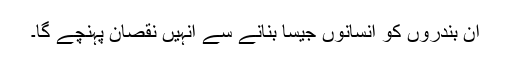
ان بندروں کو انسانوں جیسا بنانے سے انہیں نقصان پہنچے گا۔